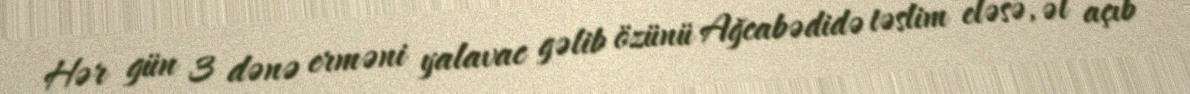
Hər gün 3 dənə erməni yalavac gəlib özünü Ağcabədidə təslim eləsə, əl açıb